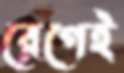
রেগেই